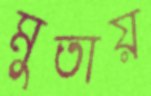
মুতায়